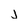
Character: j